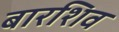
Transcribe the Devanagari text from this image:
बारशिव